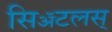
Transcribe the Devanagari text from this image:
सिॲटलस्